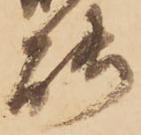
能